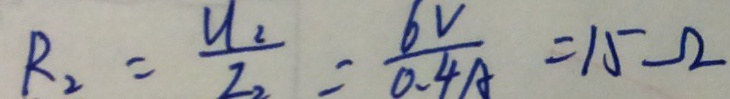
R _ { 2 } = \frac { U _ { 2 } } { I _ { 2 } } = \frac { 6 V } { 0 . 4 A } = 1 5 \Omega